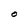
Character: O